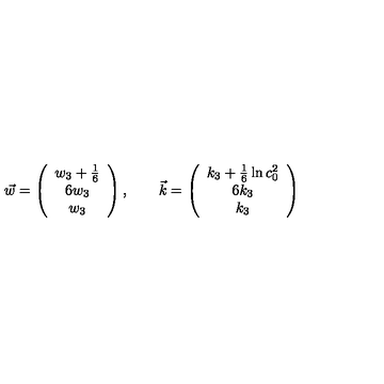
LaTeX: \vec { w } = \left( \begin{array} { c } { w _ { 3 } + \frac { 1 } { 6 } } \\ { 6 w _ { 3 } } \\ { w _ { 3 } } \\ \end{array} \right) , \qquad \vec { k } = \left( \begin{array} { c } { k _ { 3 } + \frac { 1 } { 6 } \ln c _ { 0 } ^ { 2 } } \\ { 6 k _ { 3 } } \\ { k _ { 3 } } \\ \end{array} \right)